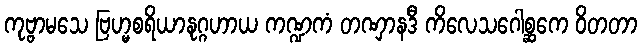
ကုဗ္ဗာမသေ ဗြဟ္မစရိယာနုဂ္ဂဟာယ ကဏ္ဍကံ တဏှာနဒီ ကိလေသဂေါစ္ဆကေ ဝိတတာ